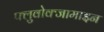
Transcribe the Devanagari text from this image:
फ्लुवोक्जामाइन